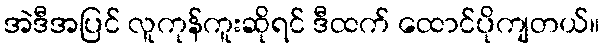
အဲဒီအပြင် လူကုန်ကူးဆိုရင် ဒီထက် ထောင်ပိုကျတယ်။